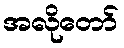
အလိုတော်